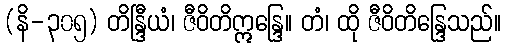
(နိ-၃၀၅) တိန္ဒြီယံ၊ ဇီဝိတိဣန္ဒြေ။ တံ၊ ထို ဇီဝိတိန္ဒြေသည်။